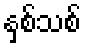
နှစ်သစ်